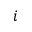
i